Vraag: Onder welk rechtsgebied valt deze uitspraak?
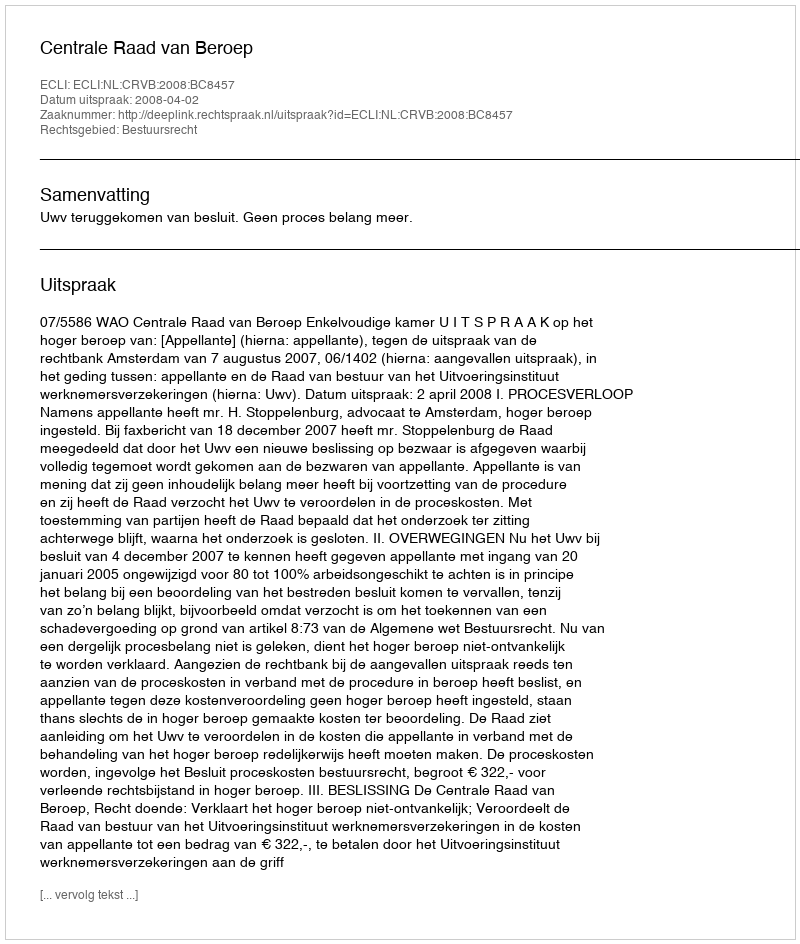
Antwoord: Bestuursrecht